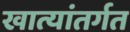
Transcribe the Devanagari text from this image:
खात्यांतर्गत